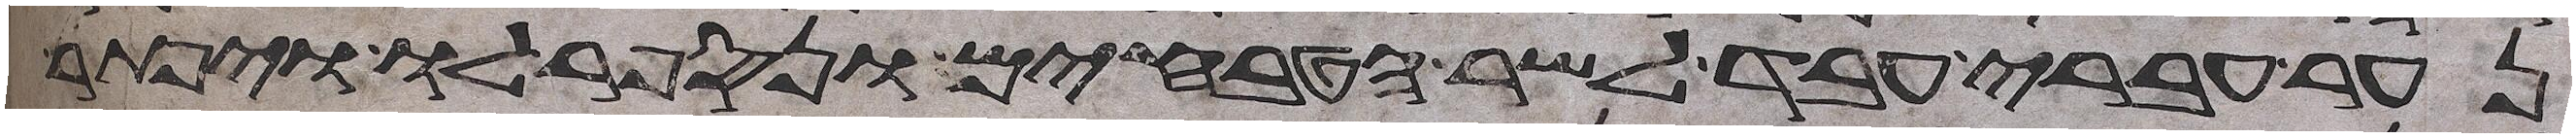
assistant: נער עברי עבד לשר הטבחים ונספר לו ויפתר